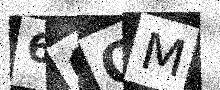
Text: 6GOM